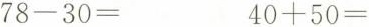
$$78-30=$$ $$40+50=$$